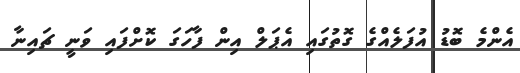
އެންމެ ބޮޑު އުފަލެއްގެ ގޮތުގައި އެޕަލް އިން ފާހަގަ ކޮށްފައި ވަނީ ޗައިނާ